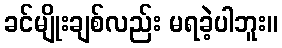
ခင်မျိုးချစ်လည်း မရခဲ့ပါဘူး။